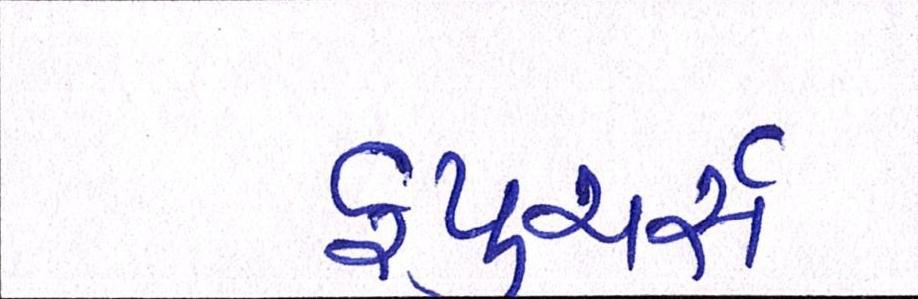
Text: ફ્યુચર્સ